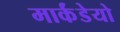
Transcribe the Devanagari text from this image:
मार्कंडेयो